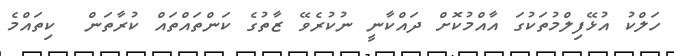
ހަލްކު އުޅޭފިލްމުތަކުގަ އާއްމުކޮށް ދައްކާނީ ނުކުރެވޭ ޒާތުގެ ކަންތައްތައް ކުރާތަން  ކިތައްމެ